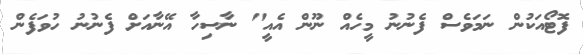
ފޮޓޯއަކުން ނަމަވެސް ފެނުނު މީހެއް ނޫން އެއީ" ނާސިހާ އޭނާއަށް ފެނުނު ހުވަފެން